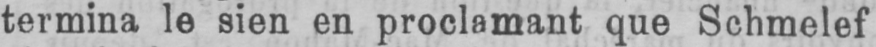
termina le sien en proclamant que Schmelef